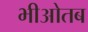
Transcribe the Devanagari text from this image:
भीओतब